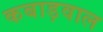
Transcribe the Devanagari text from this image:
कबाड़वाल